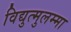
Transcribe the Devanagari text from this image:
विद्युत्मुलम्मा